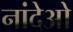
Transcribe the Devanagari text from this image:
नांदेओ